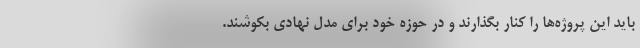
باید این پروژه‌ها را کنار بگذارند و در حوزه خود برای مدل نهادی بکوشند.